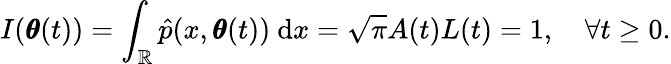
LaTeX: I(\pmb\theta(t))=\int_{\mathbb{R}}\hat{p}(x,\pmb\theta(t))\ \mathrm dx=\sqrt{\pi}A(t)L(t)=1,\quad\forall t\geq 0.